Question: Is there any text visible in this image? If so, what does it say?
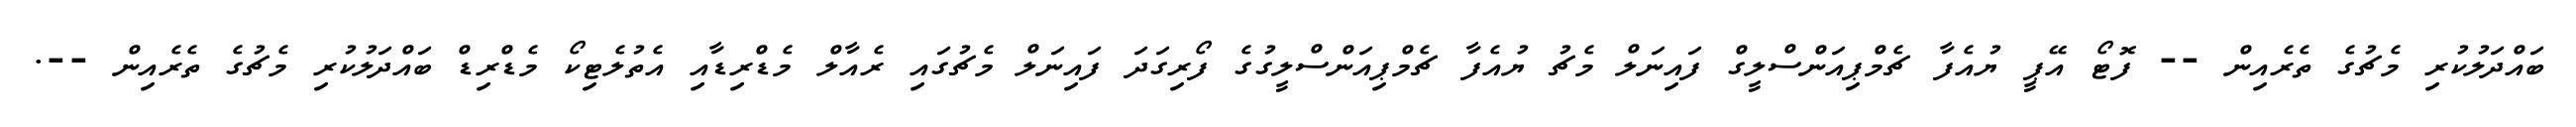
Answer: ބައްދަލުކުރި މެޗުގެ ތެރެއިން -- ފޮޓޯ އޭޕީ ޔުއެފާ ޗެމްޕިއަންސްލީގް ފައިނަލް މެޗު ޔުއެފާ ޗެމްޕިއަންސްލީގުގެ ފޯރިގަދަ ފައިނަލް މެޗުގައި ރެއާލް މެޑްރިޑާއި އެތުލެޓިކޯ މެޑްރިޑް ބައްދަލުކުރި މެޗުގެ ތެރެއިން --.